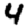
Digit: 4